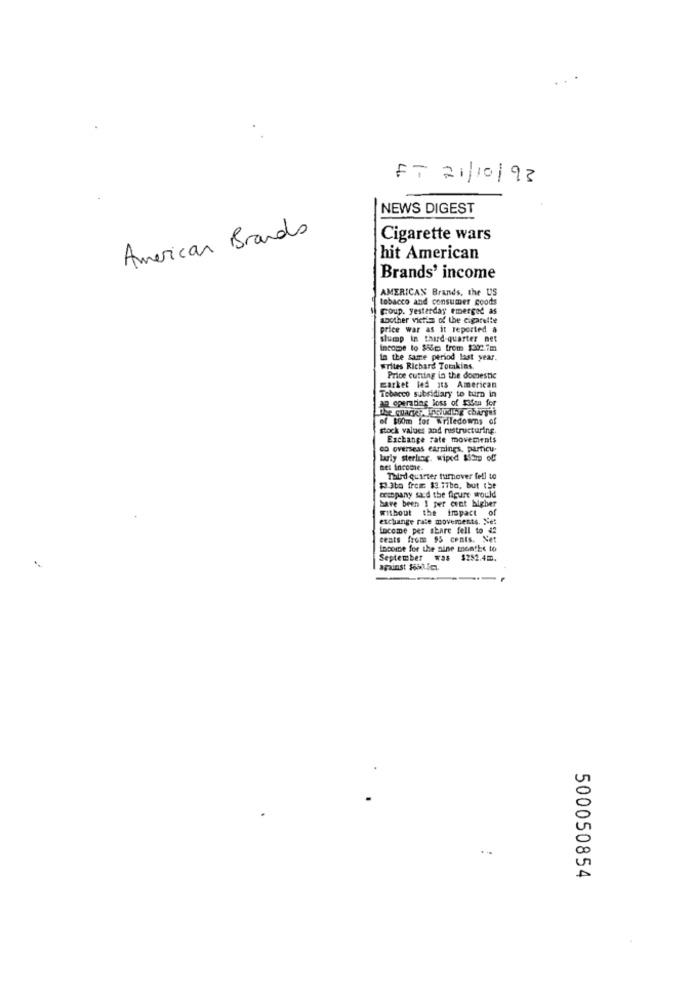
ET 21/10/93
NEWS DIGEST
American Brands
Cigarette wars
hit American
Brands' income
AMERICAN Brands, the US
tobacco and consumer goods
Coup. yesterday emerged as
another victim of the cigarette
price war as it reported a
slump in third-quarter net
income to $56m from $202.7m
la the same period last year.
writes Richard Tomkins.
Price cutting in the domestic
market led its American
Tobacco subsidiary to turn in
DR operating loss of Saden for
The quand at include charges
of $60m for writedowns of
stock values and restructuring.
Exchange rate movements
co overseas earnings, particu.
larly sterling. wiped $ship of
BEI Income.
Third quarter turnover fell to
$ 3bo frem $3 77ba, but the
crispany sacd the figure would
have been 1 per cent higher
Without the impact of
exchange rate movements. Niet
income per share fell to #?
ceats from 95 cents. Net
Income for the nine months to
September was $252.4m.
painst 16bilim.
500050854